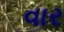
વાર